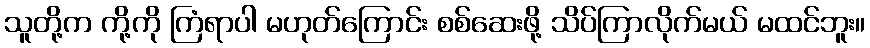
သူတို့က ကို့ကို ကြံရာပါ မဟုတ်ကြောင်း စစ်ဆေးဖို့ သိပ်ကြာလိုက်မယ် မထင်ဘူး။